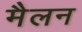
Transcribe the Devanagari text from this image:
मैलन